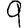
Digit: 9